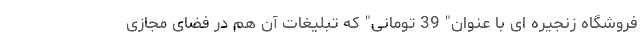
فروشگاه زنجیره ای با عنوان" 39 تومانی" که تبلیغات آن هم در فضای مجازی